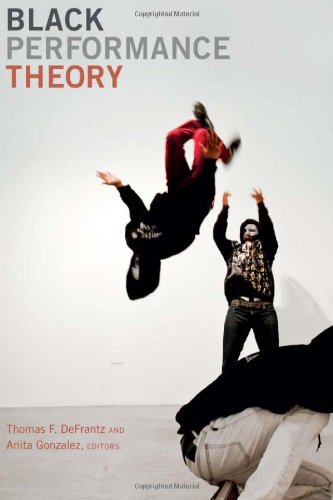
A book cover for Black Performance Theory; Humor & Entertainment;